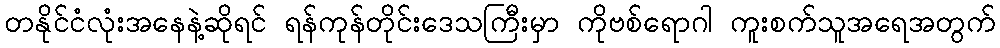
တနိုင်ငံလုံးအနေနဲ့ဆိုရင် ရန်ကုန်တိုင်းဒေသကြီးမှာ ကိုဗစ်ရောဂါ ကူးစက်သူအရေအတွက်